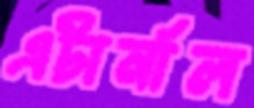
এটার্নাল